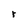
Character: r